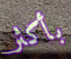
بأكثر